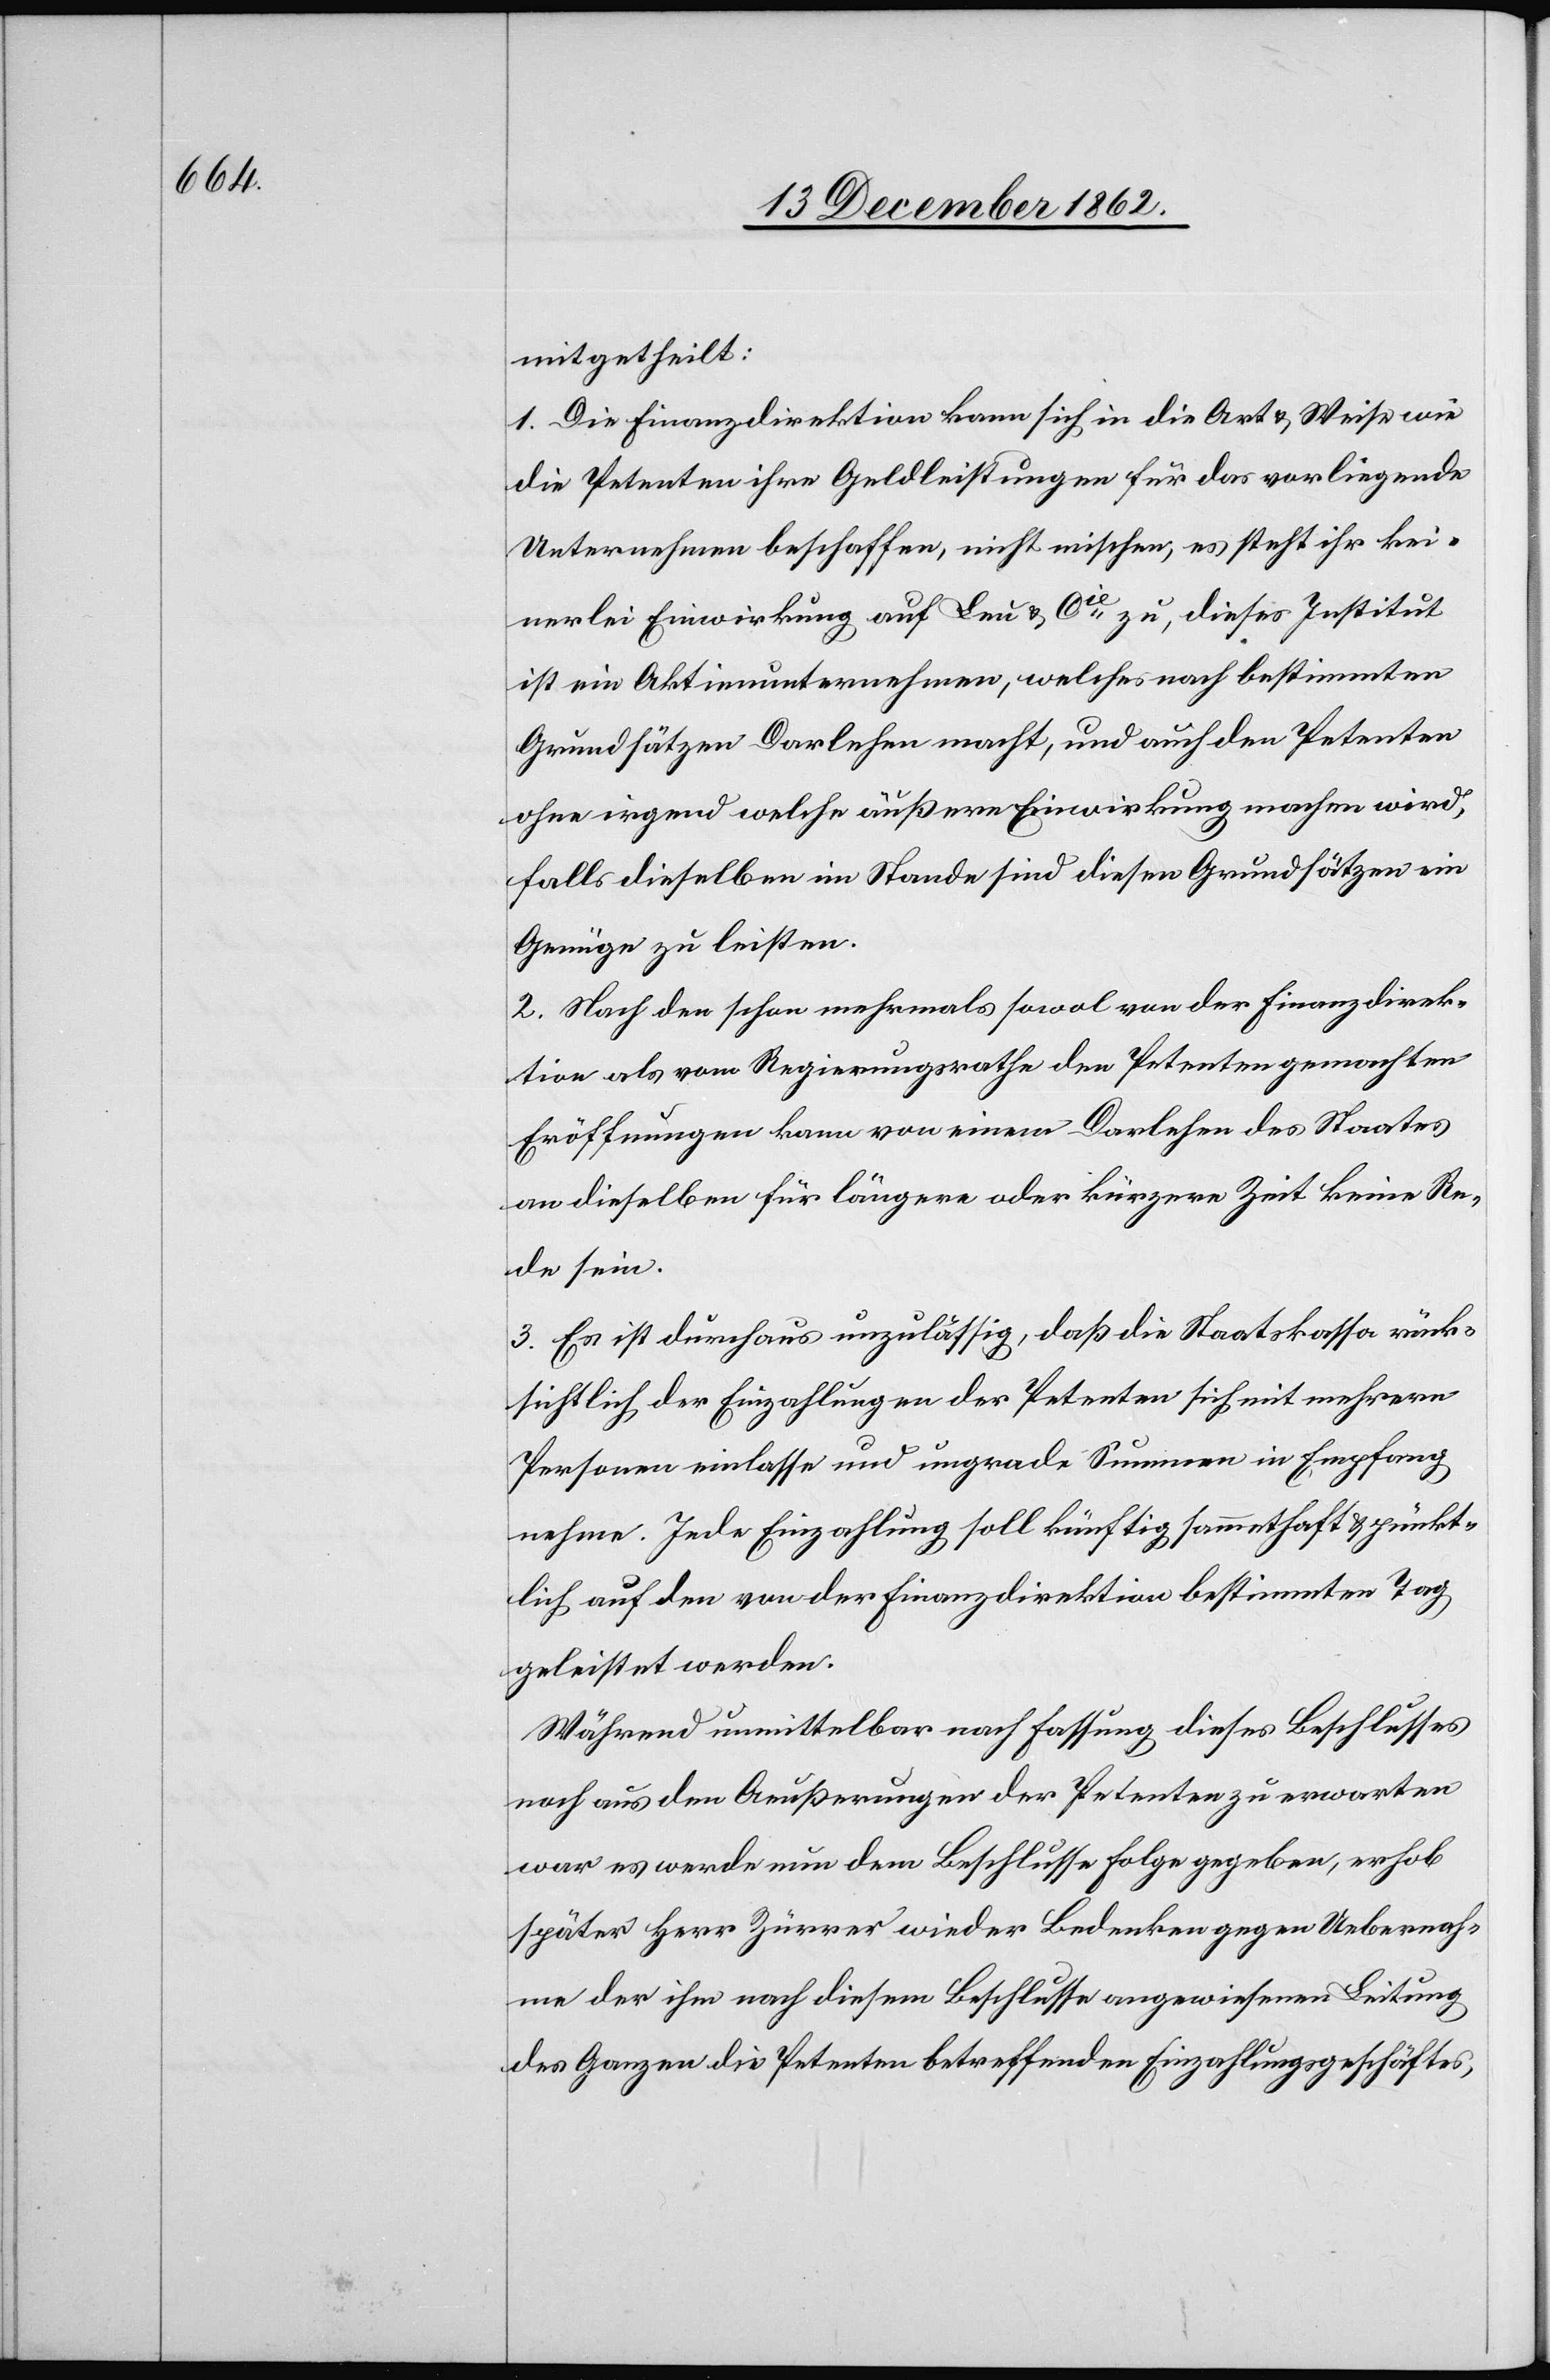
mitgetheilt:
1. Die Finanzdirektion kann sich in die Art u. Weise wie
die Petenten ihre Geldleistungen für das vorliegende
Unternehmen beschaffen, nicht mischen, es steht ihr kei¬
nerlei Einwirkung auf Leu u. Cie zu, dieses Institut
ist ein Aktienunternehmen, welches nach bestimmten
Grundsätzen Darlehen macht, und auch den Petenten
ohne irgend welche äußere Einwirkung machen wird,
falls dieselben im Stande sind diesen Grundsätzen ein
Genüge zu leisten.
2. Nach den schon mehrmals sowol von der Finanzdirek¬
tion als vom Regierungsrathe den Petenten gemachten
Eröffnungen kann von einem Darlehen des Staates
an dieselben für längere oder kürzere Zeit keine Re¬
de sein.
3. Es ist durchaus unzulässig, daß die Staatskassa rück¬
sichtlich der Einzahlungen der Petenten sich mit mehrern
Personen einlasse und ungrade Summen in Empfang
nehme. Jede Einzahlung soll künftig sammthaft u. pünkt¬
lich auf den von der Finanzdirektion bestimmten Tag
geleistet werden.
Während unmittelbar nach Fassung dieses Beschlusses
noch aus den Aeußerungen der Petenten zu erwarten
war es werde nun dem Beschlusse Folge gegeben, erhob
später Herr Zürrer wieder Bedenken gegen Uebernah¬
me der ihm nach diesem Beschlusse angewiesenen Leitung
des Ganzen die Petenten betreffenden Einzahlungsgeschäftes,